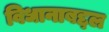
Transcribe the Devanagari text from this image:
विधानाबद्दल